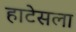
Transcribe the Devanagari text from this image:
हाटेसला